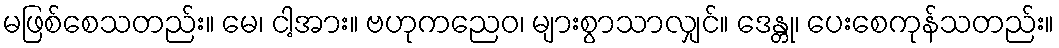
မဖြစ်စေသတည်း။ မေ၊ ငါ့အား။ ဗဟုကညေဝ၊ များစွာသာလျှင်။ ဒေန္တု၊ ပေးစေကုန်သတည်း။